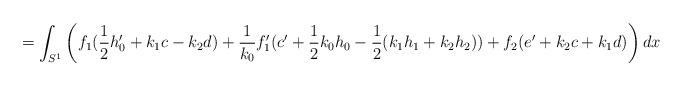
LaTeX: \begin{align*}= \int_{S^1}\left(f_1(\frac12 h_0'+k_1c-k_2d)+\frac1{k_0}f_1'(c'+\frac12 k_0h_0 - \frac12 (k_1h_1+k_2h_2)) + f_2(e'+k_2c+k_1d)\right)dx\end{align*}